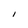
Character: I